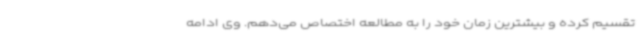
تقسیم کرده و بیشترین‌ زمان خود را به مطالعه اختصاص می‌دهم. وی ادامه